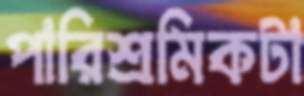
পারিশ্রমিকটা